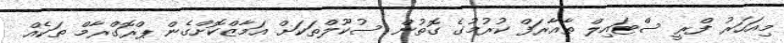
މިއަހަރު ފްރީ ސްޓައިލް ތާއާރަފް ކުރުމުގެ ގޮތުން ސުކޫލްތަކަށް އަމާޒްކޮށްގެން ޕްރޮގްރާމް ތަކެއް